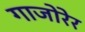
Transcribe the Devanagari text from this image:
गाजोरेर